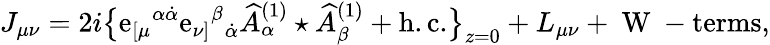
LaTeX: J_{\mu\nu}=2i\big\{ \mathrm{e}_{[\mu}{}^{\alpha\dot{{\alpha}}}\mathrm{e}_{\nu]}{}^{\beta}{}_{\dot{{\alpha}}}\widehat{A}_{\alpha}^{(1)}\star\widehat{A}_{\beta}^{(1)}+\mathrm{{h.c.}}\big\} _{z=0}+L_{\mu\nu}+\mathrm{{~W~-t\mathrm{e}rms}},